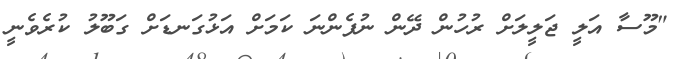
"މޫސާ އަލީ ޖަލީލަށް ރުހުން ދޭން ނުފެންނަ ކަމަށް އަޅުގަނޑަށް ގަބޫލު ކުރެވެނީ